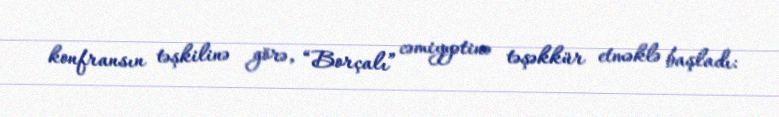
konfransın təşkilinə görə, “Borçalı” cəmiyyətinə təşəkkür etməklə başladı: